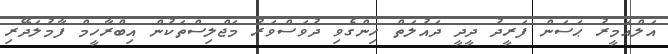
އަލްއަމީރު ޙަސަން ފަރީދު ދީދީ ދައުލަތް ހިންގެވި ދުވަސްވަރު މަޖްލިސްތަކުން އިބްރާހީމް ފާމުލަދޭރި